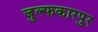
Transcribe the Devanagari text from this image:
जुल्फकारपुर